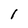
Character: I